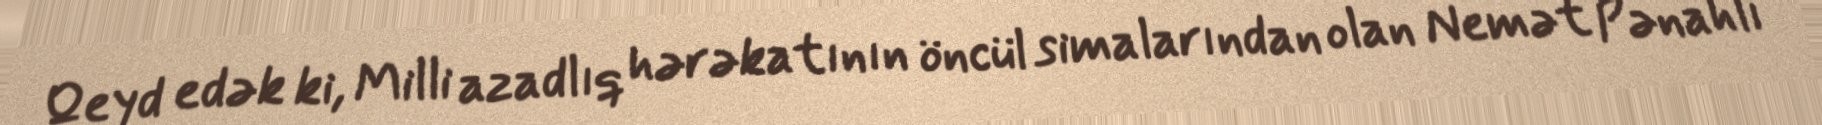
Qeyd edək ki, Milli azadlıq hərəkatının öncül simalarından olan Nemət Pənahlı